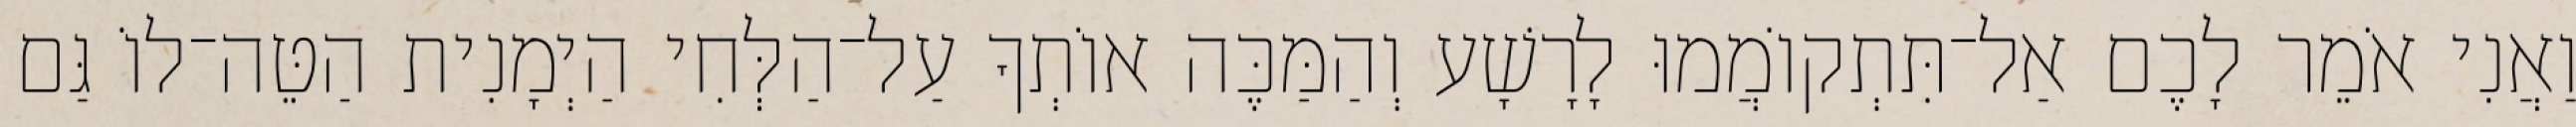
וַאֲנִי אֹמֵר לָכֶם אַל־תִּתְקוֹמֲמוּ לָרָשָׁע וְהַמַּכֶּה אוֹתְךָ עַל־הַלְּחִי הַיְמָנִית הַטֵּה־לוֹ גַּם